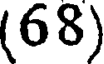
(68)